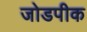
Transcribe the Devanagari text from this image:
जोडपीक